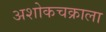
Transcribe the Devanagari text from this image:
अशोकचक्राला